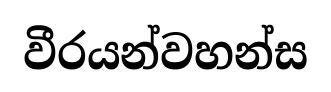
වීරයන්වහන්ස